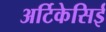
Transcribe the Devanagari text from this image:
अर्टिकेसिई